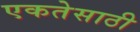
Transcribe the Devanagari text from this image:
एकतेसाठी